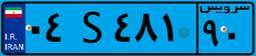
۰۴S۴۸۱۹۰